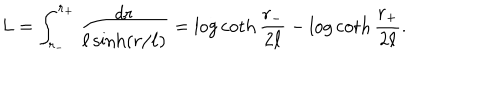
L = \int _ { r _ { - } } ^ { r _ { + } } \frac { d r } { \ell \sinh ( r / \ell ) } = \log \coth { \frac { r _ { - } } { 2 \ell } } - \log \coth { \frac { r _ { + } } { 2 \ell } } .